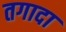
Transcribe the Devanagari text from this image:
तगादा